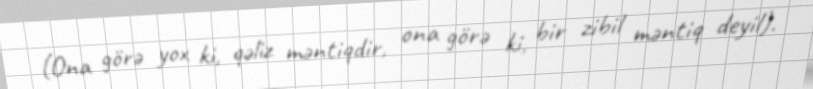
(Ona görə yox ki, qəliz məntiqdir, ona görə ki, bir zibil məntiq deyil).